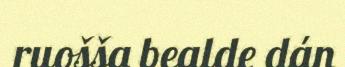
ruošša bealde dán